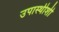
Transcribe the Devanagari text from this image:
उपास्थीशी